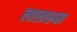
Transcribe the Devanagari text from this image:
लालारुख